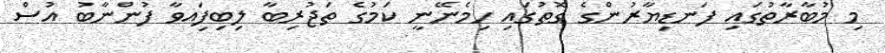
މި މުބާރާތުގައި ފަނޑިޔާރުންގެ ގޮތުގައި ހިމެނޭނީ ކަމުގެ ތަޖުރިބާ ލިބިފަިއވާ ފުންނާބު އުސް